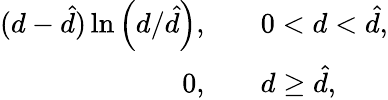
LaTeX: \begin{array}{rl}{(d-\hat{d})\ln\left(d/\hat{d}\right),\quad}&{{}0<d<\hat{d},}\\ {0,\quad}&{{}d\geq\hat{d},}\end{array}